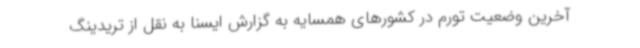
آخرین وضعیت تورم در کشورهای همسایه به گزارش ایسنا به نقل از تریدینگ